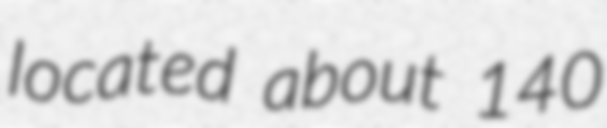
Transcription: located about 140